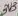
Text: 3V3